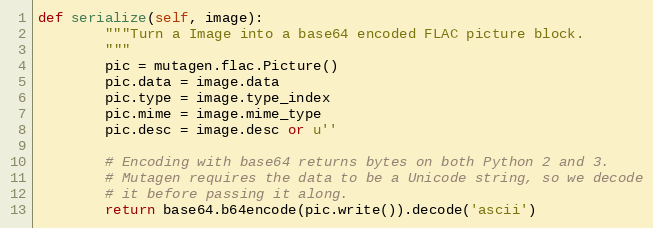
Language: Python
def serialize(self, image):
        """Turn a Image into a base64 encoded FLAC picture block.
        """
        pic = mutagen.flac.Picture()
        pic.data = image.data
        pic.type = image.type_index
        pic.mime = image.mime_type
        pic.desc = image.desc or u''

        # Encoding with base64 returns bytes on both Python 2 and 3.
        # Mutagen requires the data to be a Unicode string, so we decode
        # it before passing it along.
        return base64.b64encode(pic.write()).decode('ascii')